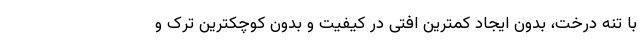
با تنه درخت، بدون ایجاد کمترین افتی در کیفیت و بدون کوچکترین ترک و